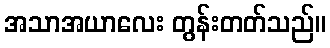
အသာအယာလေး တွန်းတတ်သည်။